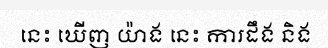
នេះ ឃើញ យ៉ាង នេះ ការដឹង និង